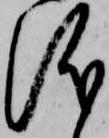
儀